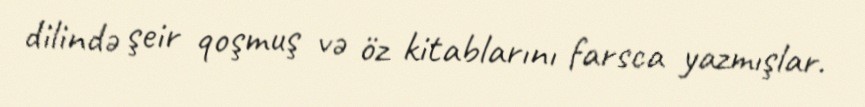
dilində şeir qoşmuş və öz kitablarını farsca yazmışlar.